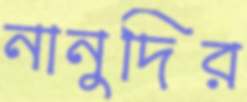
নানুদির